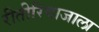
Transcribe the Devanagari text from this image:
रीतीरिवाजाला